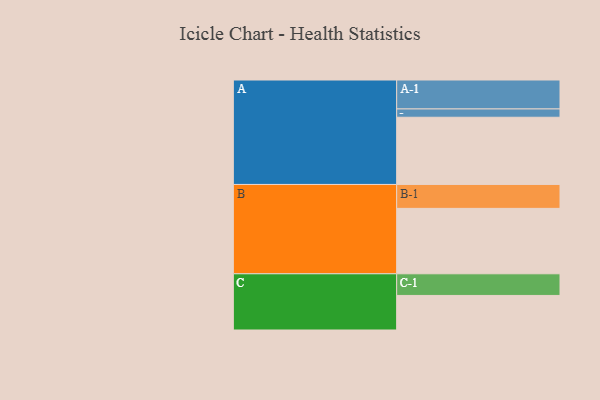
{"axis": {"x": "Segment", "y": "Value"}, "legend": ["", "A", "B", "C"], "data": [{"x": "A", "y": 599, "type": ""}, {"x": "B", "y": 583, "type": ""}, {"x": "C", "y": 308, "type": ""}, {"x": "A-1", "y": 258, "type": "A"}, {"x": "A-2", "y": 74, "type": "A"}, {"x": "B-1", "y": 213, "type": "B"}, {"x": "C-1", "y": 193, "type": "C"}]}